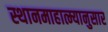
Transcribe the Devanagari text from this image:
स्थानमाहात्म्यानुसार